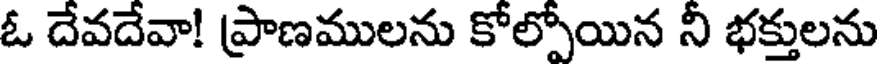
ఓ దేవదేవా! ప్రాణములను కోల్పోయిన నీ భక్తులను